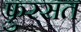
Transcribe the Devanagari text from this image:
फ़ुरसत